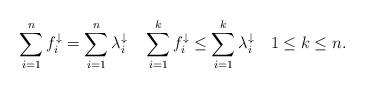
LaTeX: \begin{align*}\sum_{i=1}^{n}f^\downarrow_i =\sum_{i=1}^{n}\lambda^\downarrow_{i} \quad\sum_{i=1}^{k}f^\downarrow_{i} \leq \sum_{i=1}^{k} \lambda^\downarrow_{i} \quad 1\le k \le n.\end{align*}